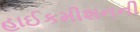
હાઈકમીશનની